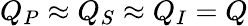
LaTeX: Q_{P}\approx Q_{S}\approx Q_{I}=Q